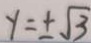
y = \pm \sqrt { 3 }